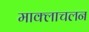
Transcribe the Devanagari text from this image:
माक्लाचलन